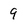
Character: 9